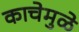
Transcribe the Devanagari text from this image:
काचेमुळे